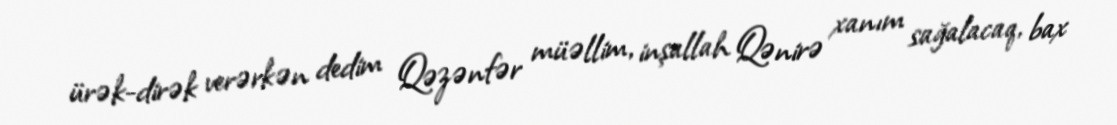
ürək-dirək verərkən dedim Qəzənfər müəllim, inşallah Qənirə xanım sağalacaq, bax